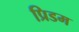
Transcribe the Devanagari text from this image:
प्रिडम